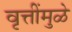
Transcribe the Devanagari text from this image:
वृत्तींमुळे